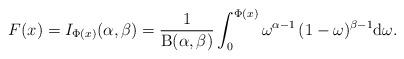
LaTeX: \begin{align*}F(x)=I_{\Phi(x)}(\alpha,\beta)=\frac{1}{\mathrm{B}(\alpha,\beta)}\int_0^{\Phi(x)}\omega^{\alpha-1}\,(1-\omega)^{\beta-1}\mathrm{d}\omega.\end{align*}